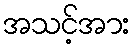
အသင့်အား